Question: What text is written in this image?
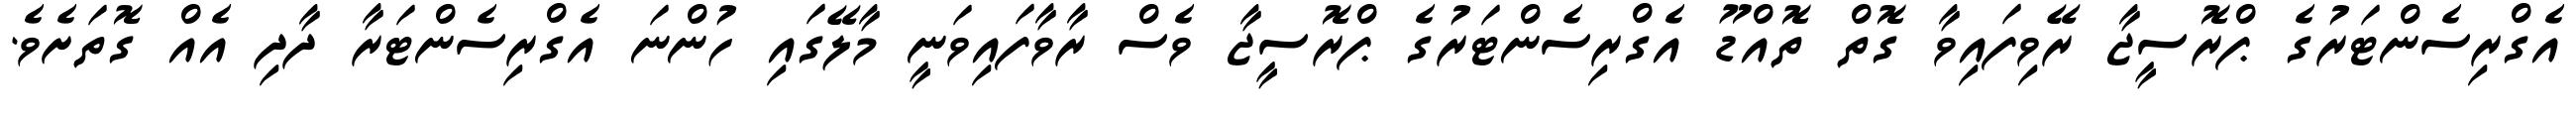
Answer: އެގްރިސެންޓަރުގެ ޕްރޮސީޖާ ރޭވިފައިވާ ގޮތް ތޮއްޑޫ އެގްރިސެންޓަރުގެ ޕްރޮސީޖާ ވެސް ރާވާފައިވަނީ މާލޭގައި ހުންނަ އެގްރިސެންޓަރާ ދާދި އެއް ގޮތަށެވެ.